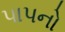
પાપનો